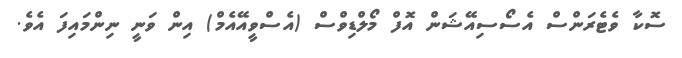
ސޮކާ ވެޓެރަންސް އެސޯސިއޭޝަން އޮފް މޯލްޑިވްސް (އެސްވީއޭއެމް) އިން ވަނީ ނިންމައިފަ އެވެ.